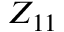
Z _ { 1 1 }